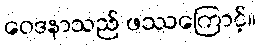
ဝေဒနာသည် ဖဿကြောင့်။